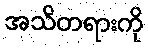
အသိတရားကို